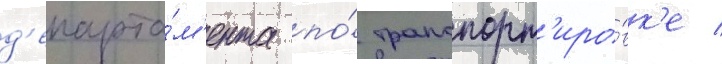
д'епарта́м'ента по́ транспорт'иро́вк'е /